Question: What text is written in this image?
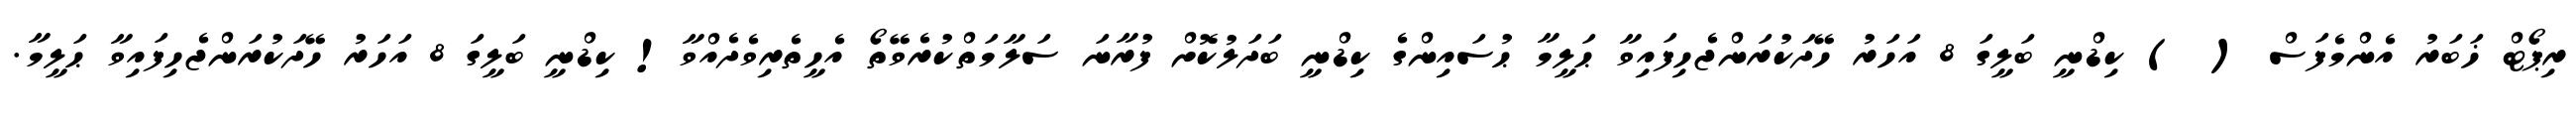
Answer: ރިޕޯޓް ޚަބަރު އެންމެފަސް ( ) ކިޑްނީ ބަލީގަ 8 އަހަރު ހޭދަކުރަންޖެހިފައިވާ ޙަލީމާ ޙުސައިންގެ ކިޑްނީ ބަދަލުކޮށް ފުރާނަ ސަލާމަތްކުރެވޭތޯ އެހީތެރިވެދެއްވާ! ކިޑްނީ ބަލީގަ 8 އަހަރު ހޭދަކުރަންޖެހިފައިވާ ޙަލީމާ.